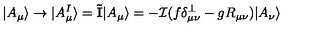
| A _ { \mu } \rangle \to | A _ { \mu } ^ { I } \rangle = { \mathbf { \tilde { I } } } | A _ { \mu } \rangle = - { \mathcal I } ( f \delta _ { \mu \nu } ^ { \perp } - g R _ { \mu \nu } ) | A _ { \nu } \rangle